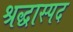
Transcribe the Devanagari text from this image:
श्रद्धास्पद